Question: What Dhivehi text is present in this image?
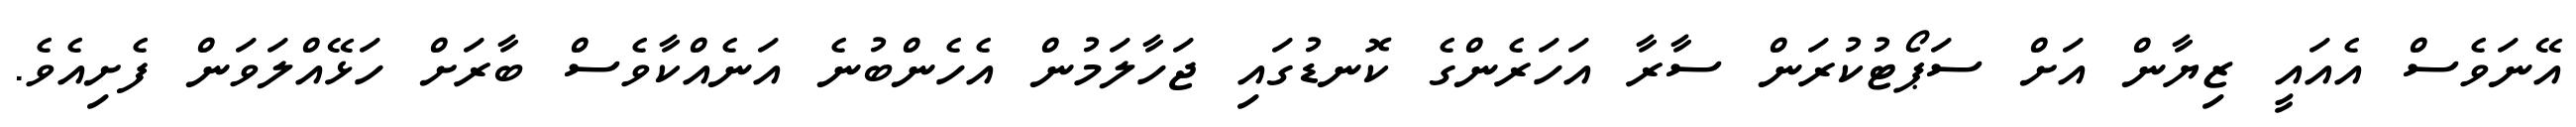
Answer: އޭނަވެސް އެއައީ ޒިޔާން އަށް ސަޕޯޓުކުރަން ސާރާ އަހަރެންގެ ކޮނޑުގައި ޖަހާލަމުން އެހެންބުނެ އަނެއްކާވެސް ބާރަށް ހަޅޭއްލަވަން ފެށިއެވެ.